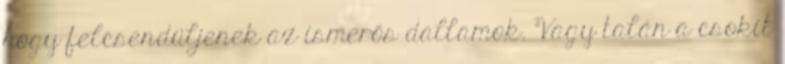
hogy felcsendüljenek az ismerős dallamok. Vagy talán a csokit